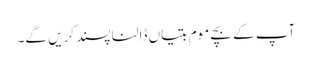
آپ کے بچے موم بتیاں ڈالنا پسند کریں گے۔